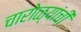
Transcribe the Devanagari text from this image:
चारोळ्यांची